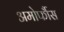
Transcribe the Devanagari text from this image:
अमोर्फौस